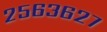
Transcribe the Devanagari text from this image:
२५६३६२७